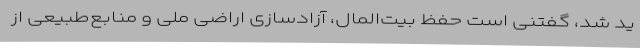
ید شد، گفتنی است حفظ بیت‌المال، آزادسازی اراضی ملی و منابع‌طبیعی از